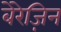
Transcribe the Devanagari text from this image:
बेरेज़िन